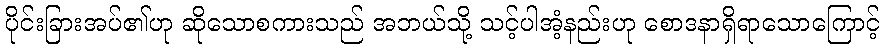
ပိုင်းခြားအပ်၏ဟု ဆိုသောစကားသည် အဘယ်သို့ သင့်ပါအံ့နည်းဟု စောဒနာရှိရာသောကြောင့်